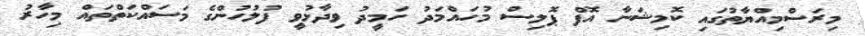
މިރަސްމިއްޔާތުގައި ކޮމިޝަނާ އޮފް ޕޮލިސް މުހައްމަދު ހަމީދު ވިދާޅުވީ ފުލުހުންގެ މަސައްކަތްތައް މިހާރު